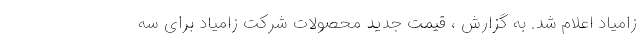
زامیاد اعلام شد. به گزارش ، قیمت جدید محصولات شرکت زامیاد برای سه